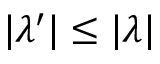
| \lambda ^ { \prime } | \leq | \lambda |